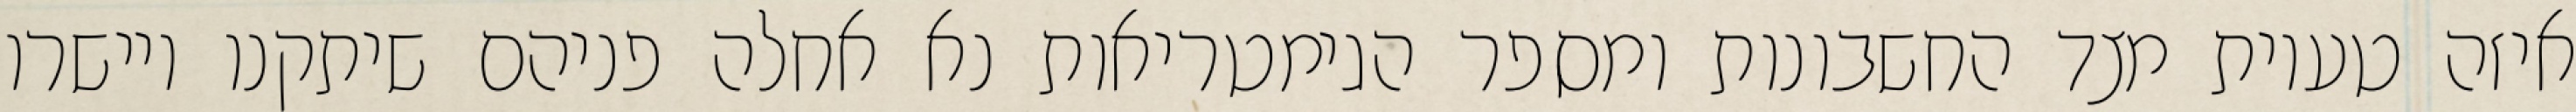
איזה טעיות מצד החשבונות ומספר הגימטריאות נא אחלה פניהם שיתקנו ויישרו